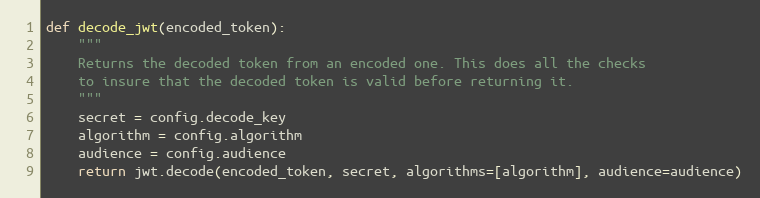
Language: Python
def decode_jwt(encoded_token):
    """
    Returns the decoded token from an encoded one. This does all the checks
    to insure that the decoded token is valid before returning it.
    """
    secret = config.decode_key
    algorithm = config.algorithm
    audience = config.audience
    return jwt.decode(encoded_token, secret, algorithms=[algorithm], audience=audience)